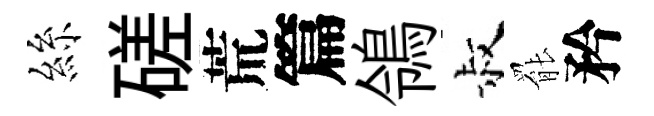
絲磋荒篇鴒叔罷矜